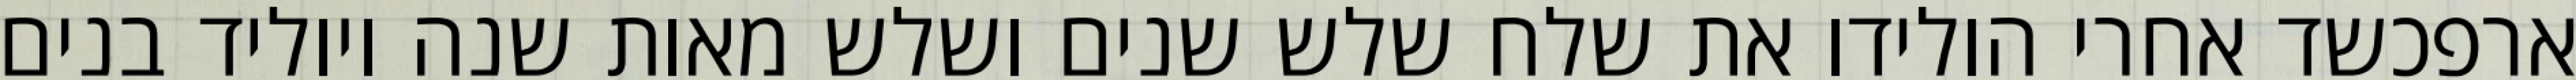
ארפכשד אחרי הולידו את שלח שלש שנים ושלש מאות שנה ויוליד בנים